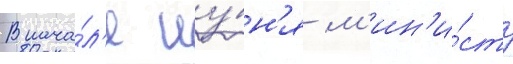
В нача́л'е иу́н'я м'ин'и́стр